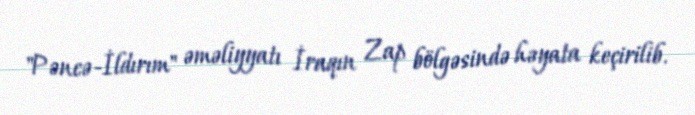
"Pəncə-İldırım" əməliyyatı İraqın Zap bölgəsində həyata keçirilib.